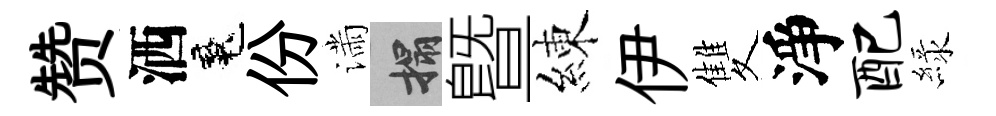
赞洒魂份滿搨曁練伊雙淨配緑